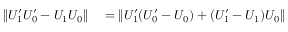
\begin{array} { r l } { \lVert U _ { 1 } ^ { \prime } U _ { 0 } ^ { \prime } - U _ { 1 } U _ { 0 } \rVert } & { { } = \lVert U _ { 1 } ^ { \prime } ( U _ { 0 } ^ { \prime } - U _ { 0 } ) + ( U _ { 1 } ^ { \prime } - U _ { 1 } ) U _ { 0 } \rVert } \end{array}